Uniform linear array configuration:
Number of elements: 64
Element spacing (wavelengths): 0.25
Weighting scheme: exponential
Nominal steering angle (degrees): -30
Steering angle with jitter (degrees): -29.468
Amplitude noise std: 0.05
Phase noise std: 0.05

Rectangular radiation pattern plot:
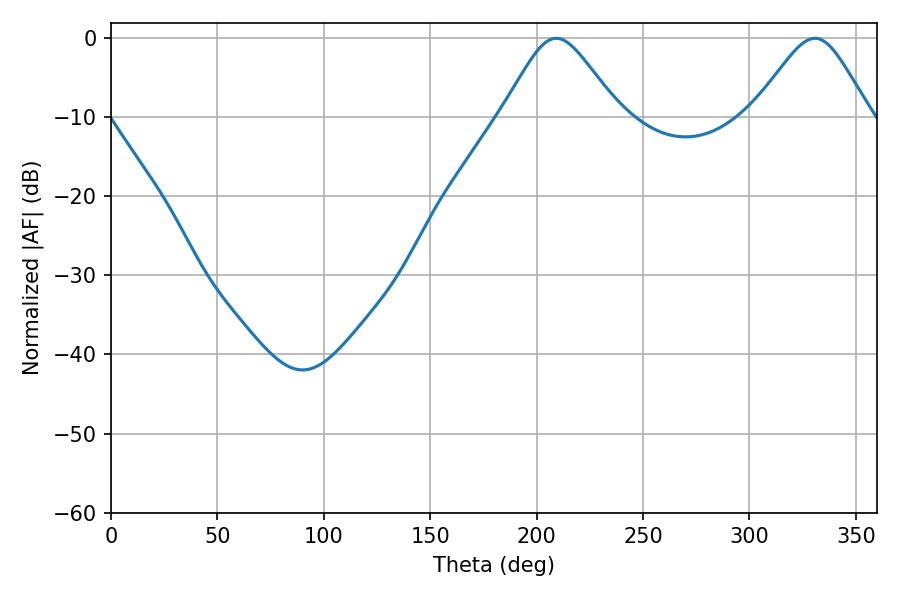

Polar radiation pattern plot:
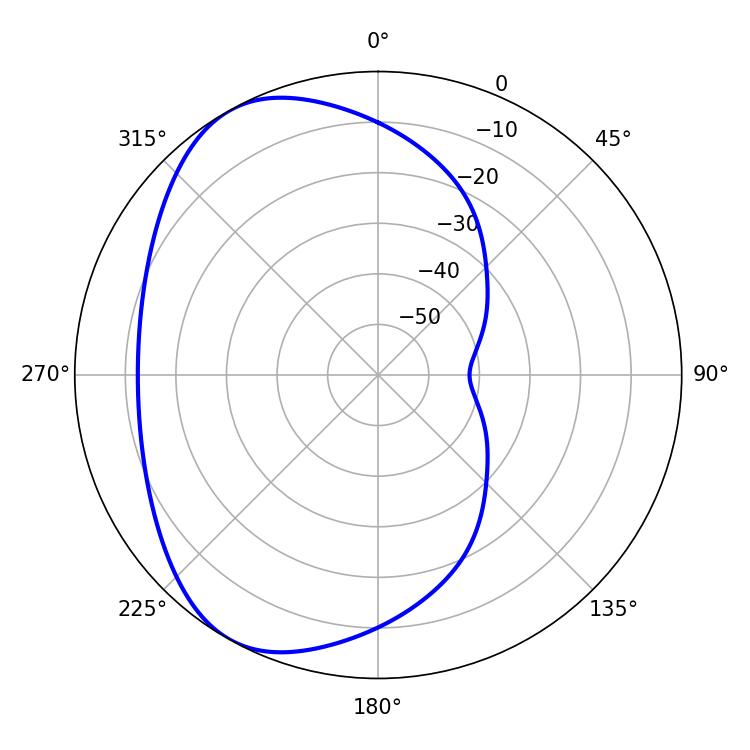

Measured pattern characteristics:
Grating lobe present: FALSE
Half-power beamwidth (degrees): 26.64
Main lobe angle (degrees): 209.16